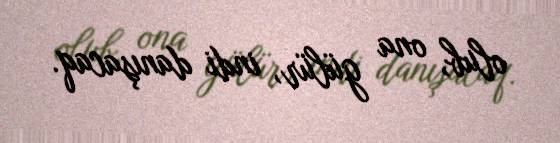
olub, ona gülür, indi danışacaq.